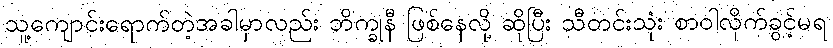
သူ့ကျောင်းရောက်တဲ့အခါမှာလည်း ဘိက္ခုနီ ဖြစ်နေလို့ ဆိုပြီး သီတင်းသုံး စာဝါလိုက်ခွင့်မရ